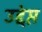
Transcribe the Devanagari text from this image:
उद्देप्त